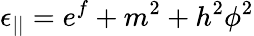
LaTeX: \epsilon_{||}=e^{f}+{m^{2}+h^{2}\phi^{2}}